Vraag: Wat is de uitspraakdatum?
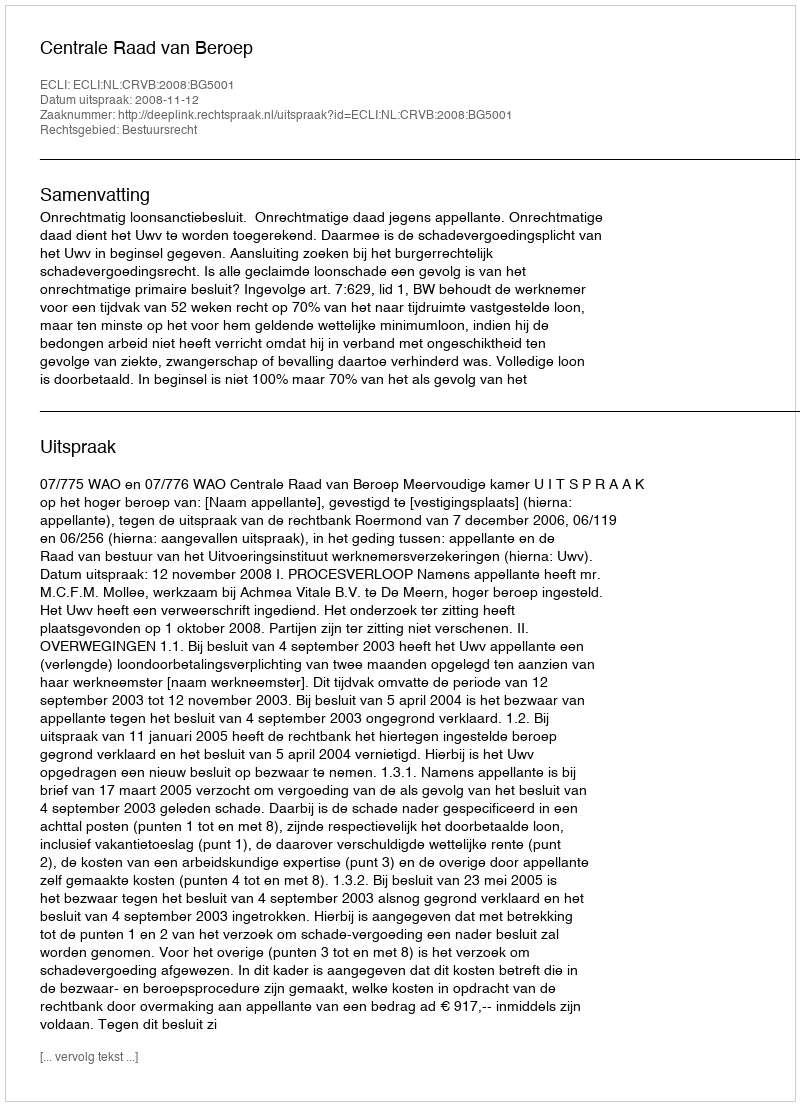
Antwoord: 2008-11-12